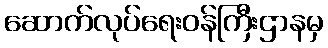
ဆောက်လုပ်ရေးဝန်ကြီးဌာနမှ